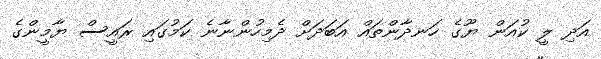
އަދި ލީ ކުއަން ޔޫގެ ހަނދާންތައް އަބަދަށް ދެމިހުންނާނެ ކަމުގައި ރައީސް ޔާމީންގެ